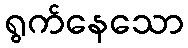
ရွက်နေသော